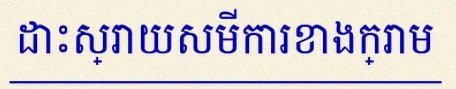
ដោះស្រាយសមីការខាងក្រោម